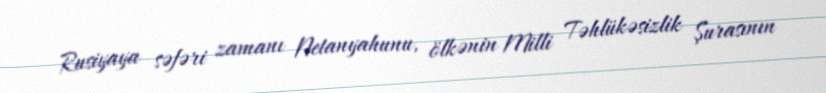
Rusiyaya səfəri zamanı Netanyahunu, ölkənin Milli Təhlükəsizlik Şurasının